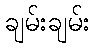
ချမ်းချမ်း